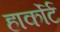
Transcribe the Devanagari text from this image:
हार्कोर्ट